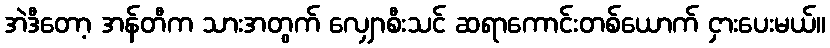
အဲဒီတော့ အန်တီက သားအတွက် လျှောစီးသင် ဆရာကောင်းတစ်ယောက် ငှားပေးမယ်။